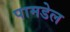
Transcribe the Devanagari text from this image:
पामडेल